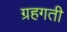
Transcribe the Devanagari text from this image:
ग्रहगती